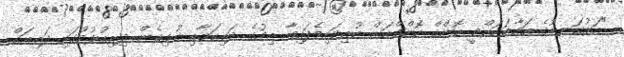
"އަޅުގަނޑުގެ އަމާޒަކަށްވީ ހޮންގް ކޮންގްއަށް ކުރިމަތިވެފައިވާ ބިމުގެ ދަތިކަމާއި ގުޅިގެން ދިރިއުޅުމުގައި ދަތިތައް